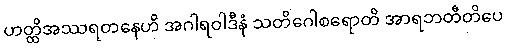
ဟတ္ထိအဿရတနေဟိ အဂါရဝါဒီနံ သတိဂေါစရောတိ အာရဘတီတိပေ